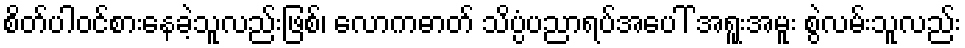
စိတ်ပါဝင်စားနေခဲ့သူလည်းဖြစ်၊ လောကဓာတ် သိပ္ပံပညာရပ်အပေါ် အရူးအမူး စွဲလမ်းသူလည်း